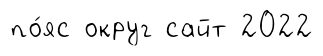
по́яс округ сайт 2022